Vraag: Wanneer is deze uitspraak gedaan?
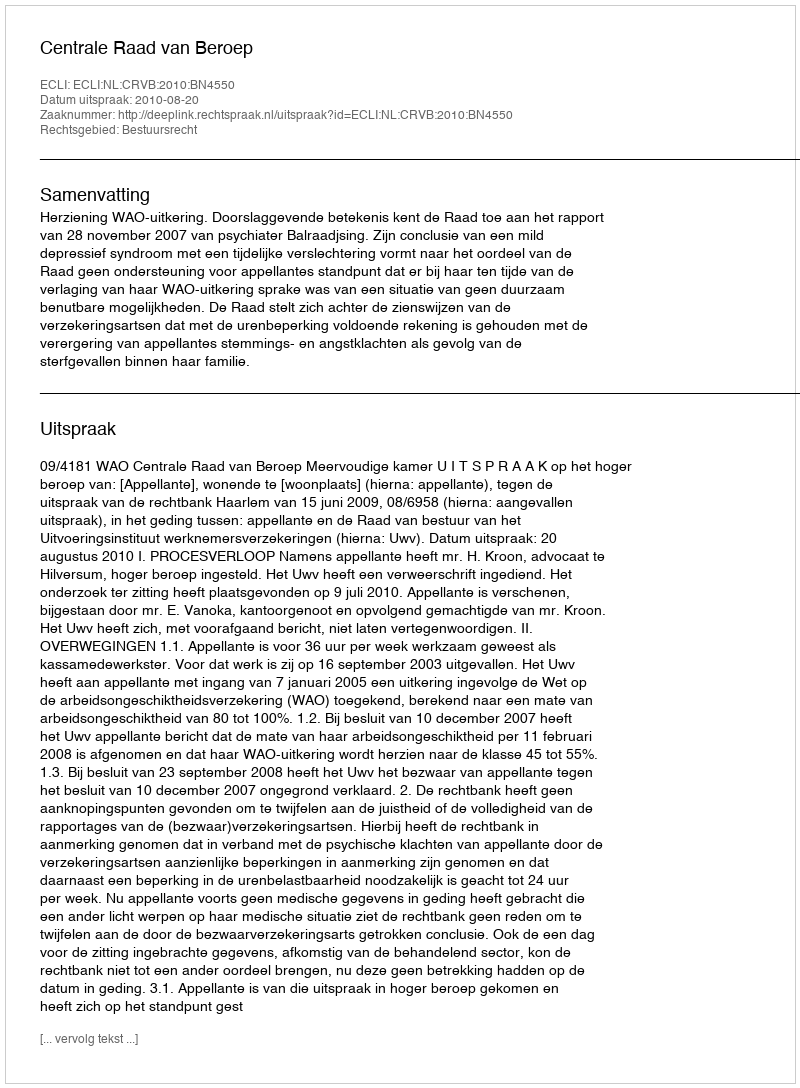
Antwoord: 2010-08-20